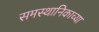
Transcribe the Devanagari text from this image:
समस्थानिकाच्या